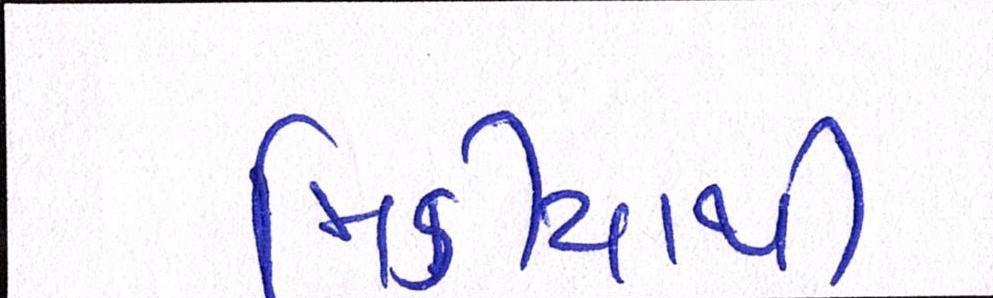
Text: મિડીયાથી